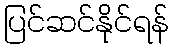
ပြင်ဆင်နိုင်ရန်